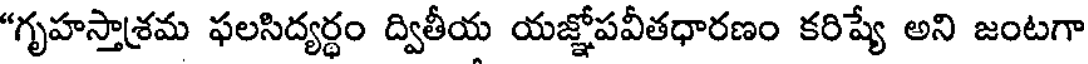
"గృహస్తాశ్రమ ఫలసిద్యర్థం ద్వితీయ యజ్ఞోపవీతధారణం కరిష్యే అని జంటగా